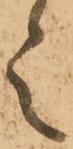
之